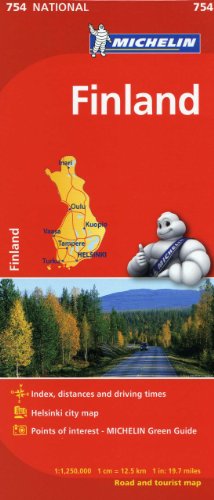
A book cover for Michelin Finland Map 754 (Maps/Country (Michelin)); Michelin Travel & Lifestyle; Travel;